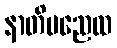
နာတိမညေထ